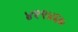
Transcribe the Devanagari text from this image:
४१९४६७